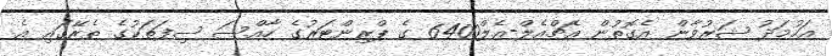
އަހުމަދު ޝަރުވާން އެގޮތުން އެޗްއެލް-އެލް6400 ގެ ޕްރިންޓަރުގެ ހާއްސަ ސިފަތަކުގެ ތެރޭގައި އެ